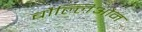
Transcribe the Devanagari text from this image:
बौल्लिऔन